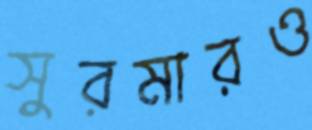
সুরমারও